Scottish Leaving Certificate Examination, 1956
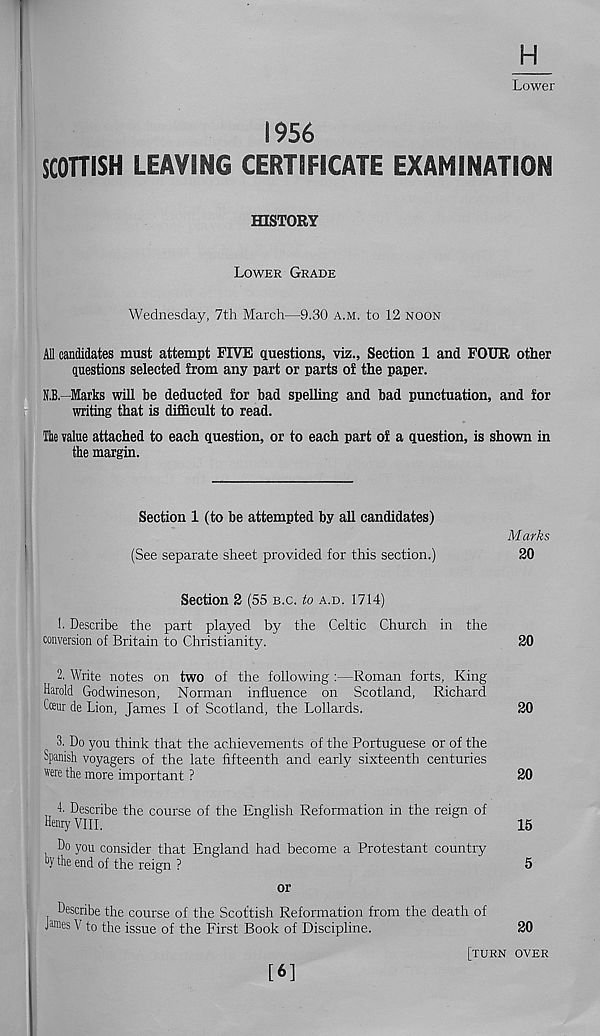
H
Lower
1956
SCOTTISH LEAVING CERTIFICATE EXAMINATION
HISTORY
LOWER GRADE
Wednesday, 7th March—9.30 A.M. to 12 NOON
M candidates must attempt FIVE questions, viz.. Section 1 and FOUR other
questions selected from any part or parts o! the paper.
N.B.—Marks will be deducted for bad spelling and bad punctuation, and for
writing that is difficult to read.
The value attached to each question, or to each part of a question, is shown in
the margin.
Section 1 (to be attempted by all candidates)
Marks
(See separate sheet provided for this section.)
20
Section 2 (55 B.C. to A.D. 1714)
1. Describe the part played by the Celtic Church in the
conversion of Britain to Christianity.
20
2. Write notes on two of the following :—Roman forts, King
Harold Godwineson, Norman influence on Scotland, Richard
four de Lion, James I of Scotland, the Lollards.
20
3. Do you think that the achievements of the Portuguese or of the
Spanish voyagers of the late fifteenth and early sixteenth centuries
we the more important ?
20
4. Describe the course of the English Reformation in the reign of
Henry VIII.
15
Do you consider that England had become a Protestant country
cy the end of the reign ?
5
or
Describe the course of the Scottish Reformation from the death of
Janes V to the issue of the First Book of Discipline.
20
[6]
[TURN OVER